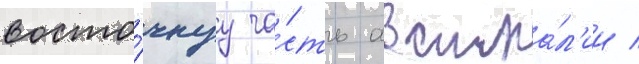
восто́чнуу ча́сть австра́л'ии /